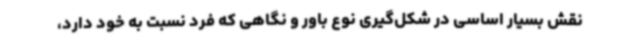
نقش بسیار اساسی در شکل‌گیری نوع باور و نگاهی که فرد نسبت به خود دارد،